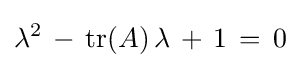
\lambda ^{2}\,-\,\mathrm {tr} (A)\,\lambda \,+\,1\,=\,0